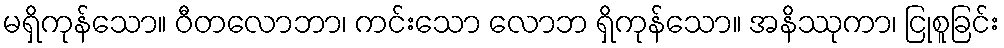
မရှိကုန်သော။ ဝီတလောဘာ၊ ကင်းသော လောဘ ရှိကုန်သော။ အနိဿုကာ၊ ငြုစူခြင်း